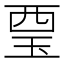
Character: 𧟪